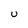
Character: U